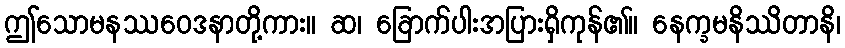
ဤသောမနဿဝေဒနာတို့ကား။ ဆ၊ ခြောက်ပါးအပြားရှိကုန်၏။ နေက္ခမနိဿိတာနိ၊